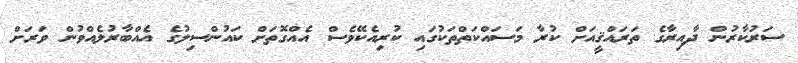
ސަރުކާރުން ދާއިރާގެ ތަރައްޤީއަށް ކުރާ މަސައްކަތްތަކުގައި ކުރިއެކޭވެސް އެއްގޮތަށް ކައުންސިލުގެ އެއްބާރުލެއްވުން ވަރަށް